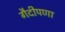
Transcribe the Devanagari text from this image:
गैदीपणा